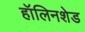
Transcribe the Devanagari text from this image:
हॉलिनशेड